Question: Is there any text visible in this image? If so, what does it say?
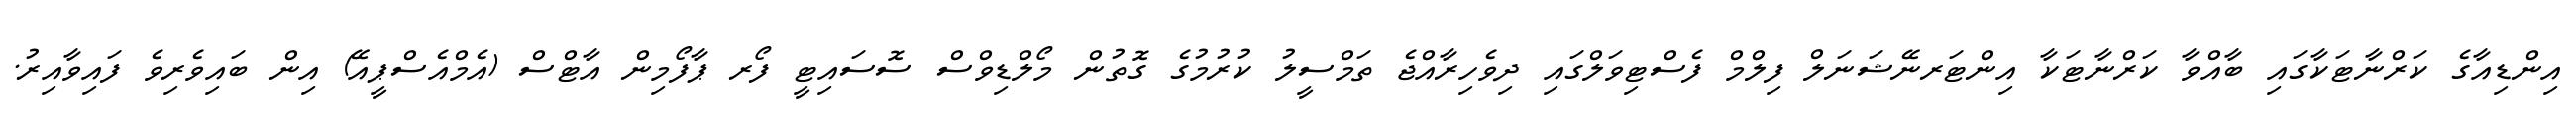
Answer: އިންޑިއާގެ ކަރްނާޓަކާގައި ބާއްވާ ކަރްނާޓަކާ އިންޓަރނޭޝަނަލް ފިލްމް ފެސްޓިވަލްގައި ދިވެހިރާއްޖެ ތަމްސީލު ކުރުމުގެ ގޮތުން މޯލްޑިވްސް ސޮސައިޓީ ފޯރ ޕާފޯމިން އާޓްސް (އެމްއެސްޕީއޭ) އިން ބައިވެރިވެ ފައިވާއިރު.